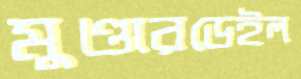
মুণ্ডারডেইল